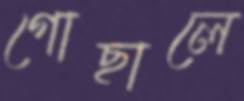
গোছালে